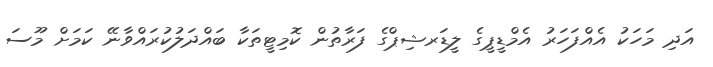
އަދި މަހަކު އެއްފަހަރު އެމްޑީޕީގެ ލީޑަރޝިޕްގެ ފަރާތުން ކޮމިޓީތަކާ ބައްދަލުކުރައްވާނޭ ކަމަށް މޫސަ